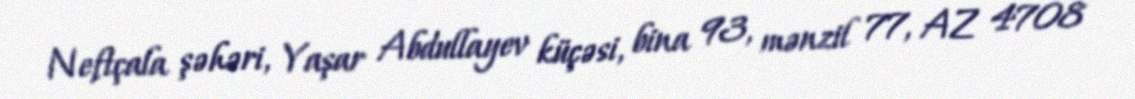
Neftçala şəhəri, Yaşar Abdullayev küçəsi, bina 93, mənzil 77, AZ 4708